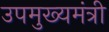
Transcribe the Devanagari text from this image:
उपमुख्‍यमंत्री